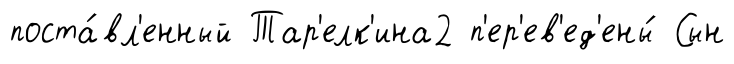
поста́вл'енный Тар'елк'ина2 п'ер'ев'ед'ены́ Сын